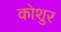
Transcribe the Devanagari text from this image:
कोशुर